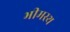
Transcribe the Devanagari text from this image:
भीमस्थ